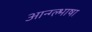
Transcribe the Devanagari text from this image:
आन्ग्ल्भाषा